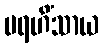
ပရဟိံသာယ